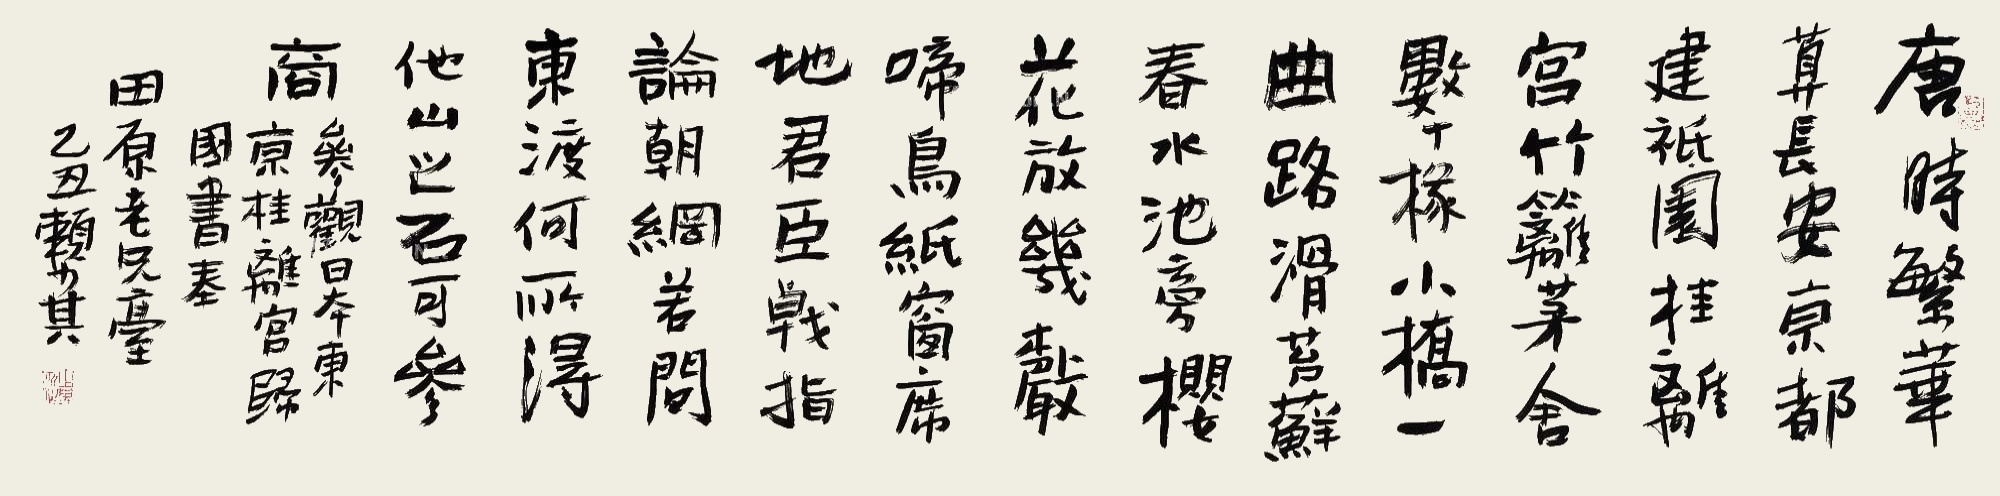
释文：唐时繁华算长安，京都建衹园。桂离宫，竹篱茅舍数十椽，小桥一曲，路滑苔藓，春水池旁樱花放。几声啼鸟，纸窗席地，君臣战指论朝纲。若问东渡何所得，他山之石可参商。参观日本东京桂离宫，归国书奉田原老兄台，乙丑赖少其。